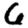
Digit: 6